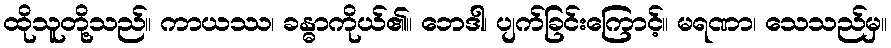
ထိုသူတို့သည်။ ကာယဿ၊ ခန္ဓာကိုယ်၏။ ဘေဒါ၊ ပျက်ခြင်းကြောင့်။ မရဏာ၊ သေသည်မှ။